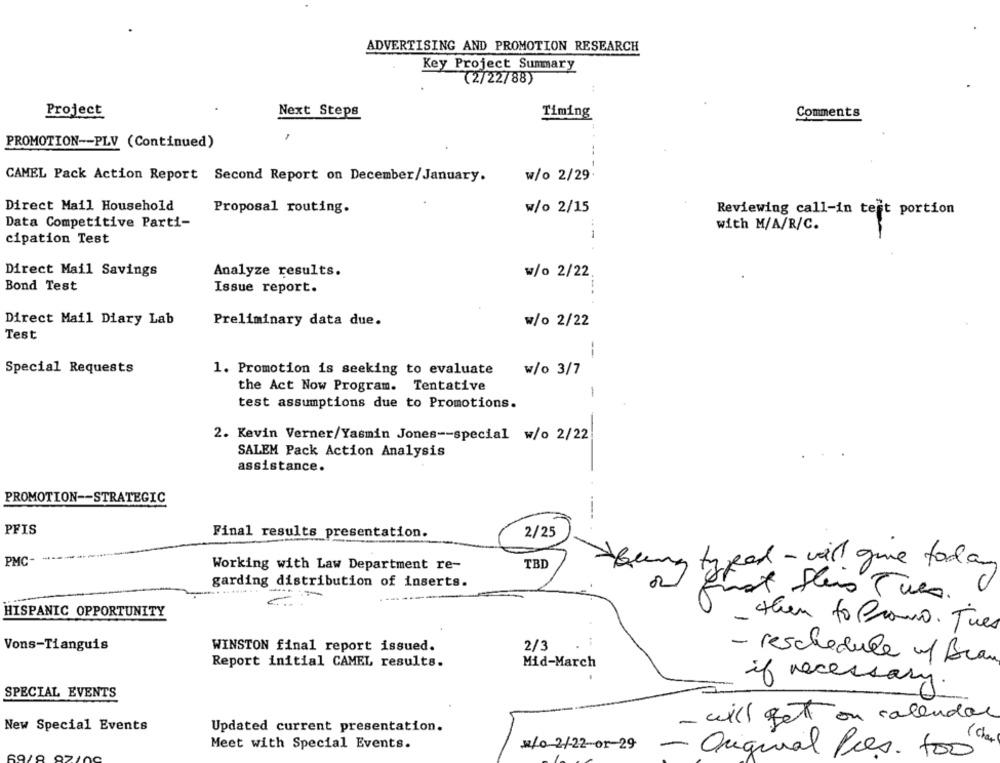
ADVERTISING AND PROMOTION RESEARCH
Key Project Summary
(2/22/88)
Project
Next Steps
Timing
Comments
PROMOTION -- PLV (Continued)
CAMEL Pack Action Report Second Report on December/January.
w/o 2/29
Direct Mail Household
Proposal routing.
w/o 2/15
Reviewing call-in tert portion
Data Competitive Parti-
with M/A/R/C.
cipation Test
Direct Mail Savings
Analyze results.
w/o 2/22
Bond Test
Issue report.
Direct Mail Diary Lab
Preliminary data due.
w/o 2/22
Test
--
Special Requests
1. Promotion is seeking to evaluate w/o 3/7
the Act Now Program. Tentative
-
test assumptions due to Promotions.
2. Kevin Verner/Yasmin Jones -- special w/o 2/22
SALEM Pack Action Analysis
assistance.
PROMOTION -- STRATEGIC
PFIS
Final results presentation.
2/25
PMC-
TBD
Being typed- vil give today
Working with Law Department re-
garding distribution of inserts.
not theus Twee .
HISPANIC OPPORTUNITY
them to Promo. The
Vons-Tianguis
WINSTON final report issued.
2/3
Report initial CAMEL results.
Mid-March
- reschedule w/ Bran
if necessary.
SPECIAL EVENTS
- will get on calendar
New Special Events
Updated current presentation.
Meet with Special Events.
#/0 2/22-01-29
- Original Pres. too